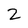
Character: 2